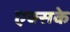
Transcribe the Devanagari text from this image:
एक्सके